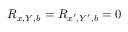
R _ { x , Y , b } = R _ { x ^ { \prime } , Y ^ { \prime } , b } = 0